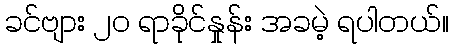
ခင်ဗျား ၂၀ ရာခိုင်နှုန်း အခမဲ့ ရပါတယ်။